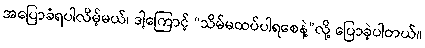
အပြောခံရပါလိမ့်မယ်၊ ဒါ့ကြောင့် “သိမ်မထပ်ပါရစေနဲ့”လို့ ပြောခဲ့ပါတယ်။